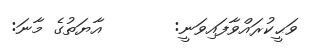
ވަޙީކުރައްވާފައިވަނީ:       އާޔަތުގެ މާނަ: